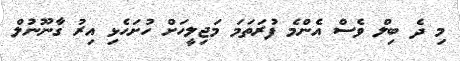
މި ދެ ބިލް ވެސް އެންމެ ފުރަތަމަ މަޖިލީހަށް ހުށަހެޅި އިރު ގާނޫނުލް